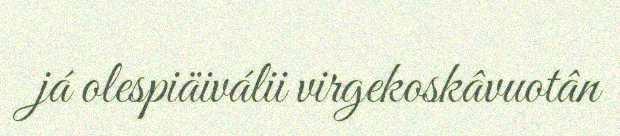
já olespiäiválii virgekoskâvuotân